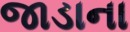
જાડાના